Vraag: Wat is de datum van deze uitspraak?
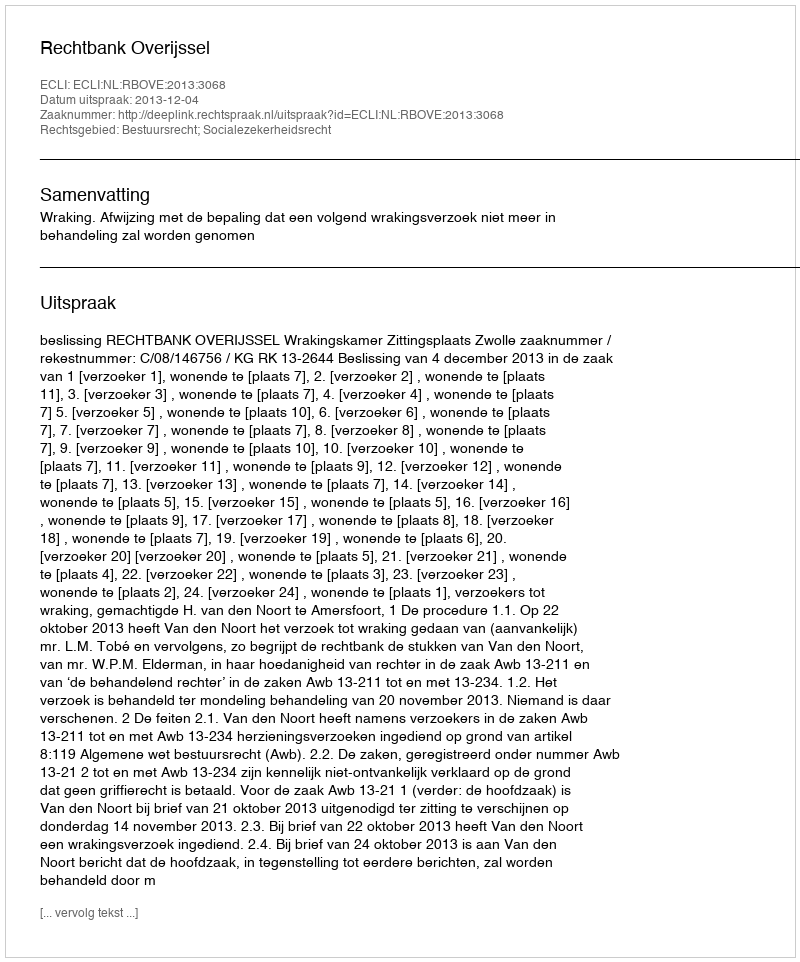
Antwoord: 2013-12-04